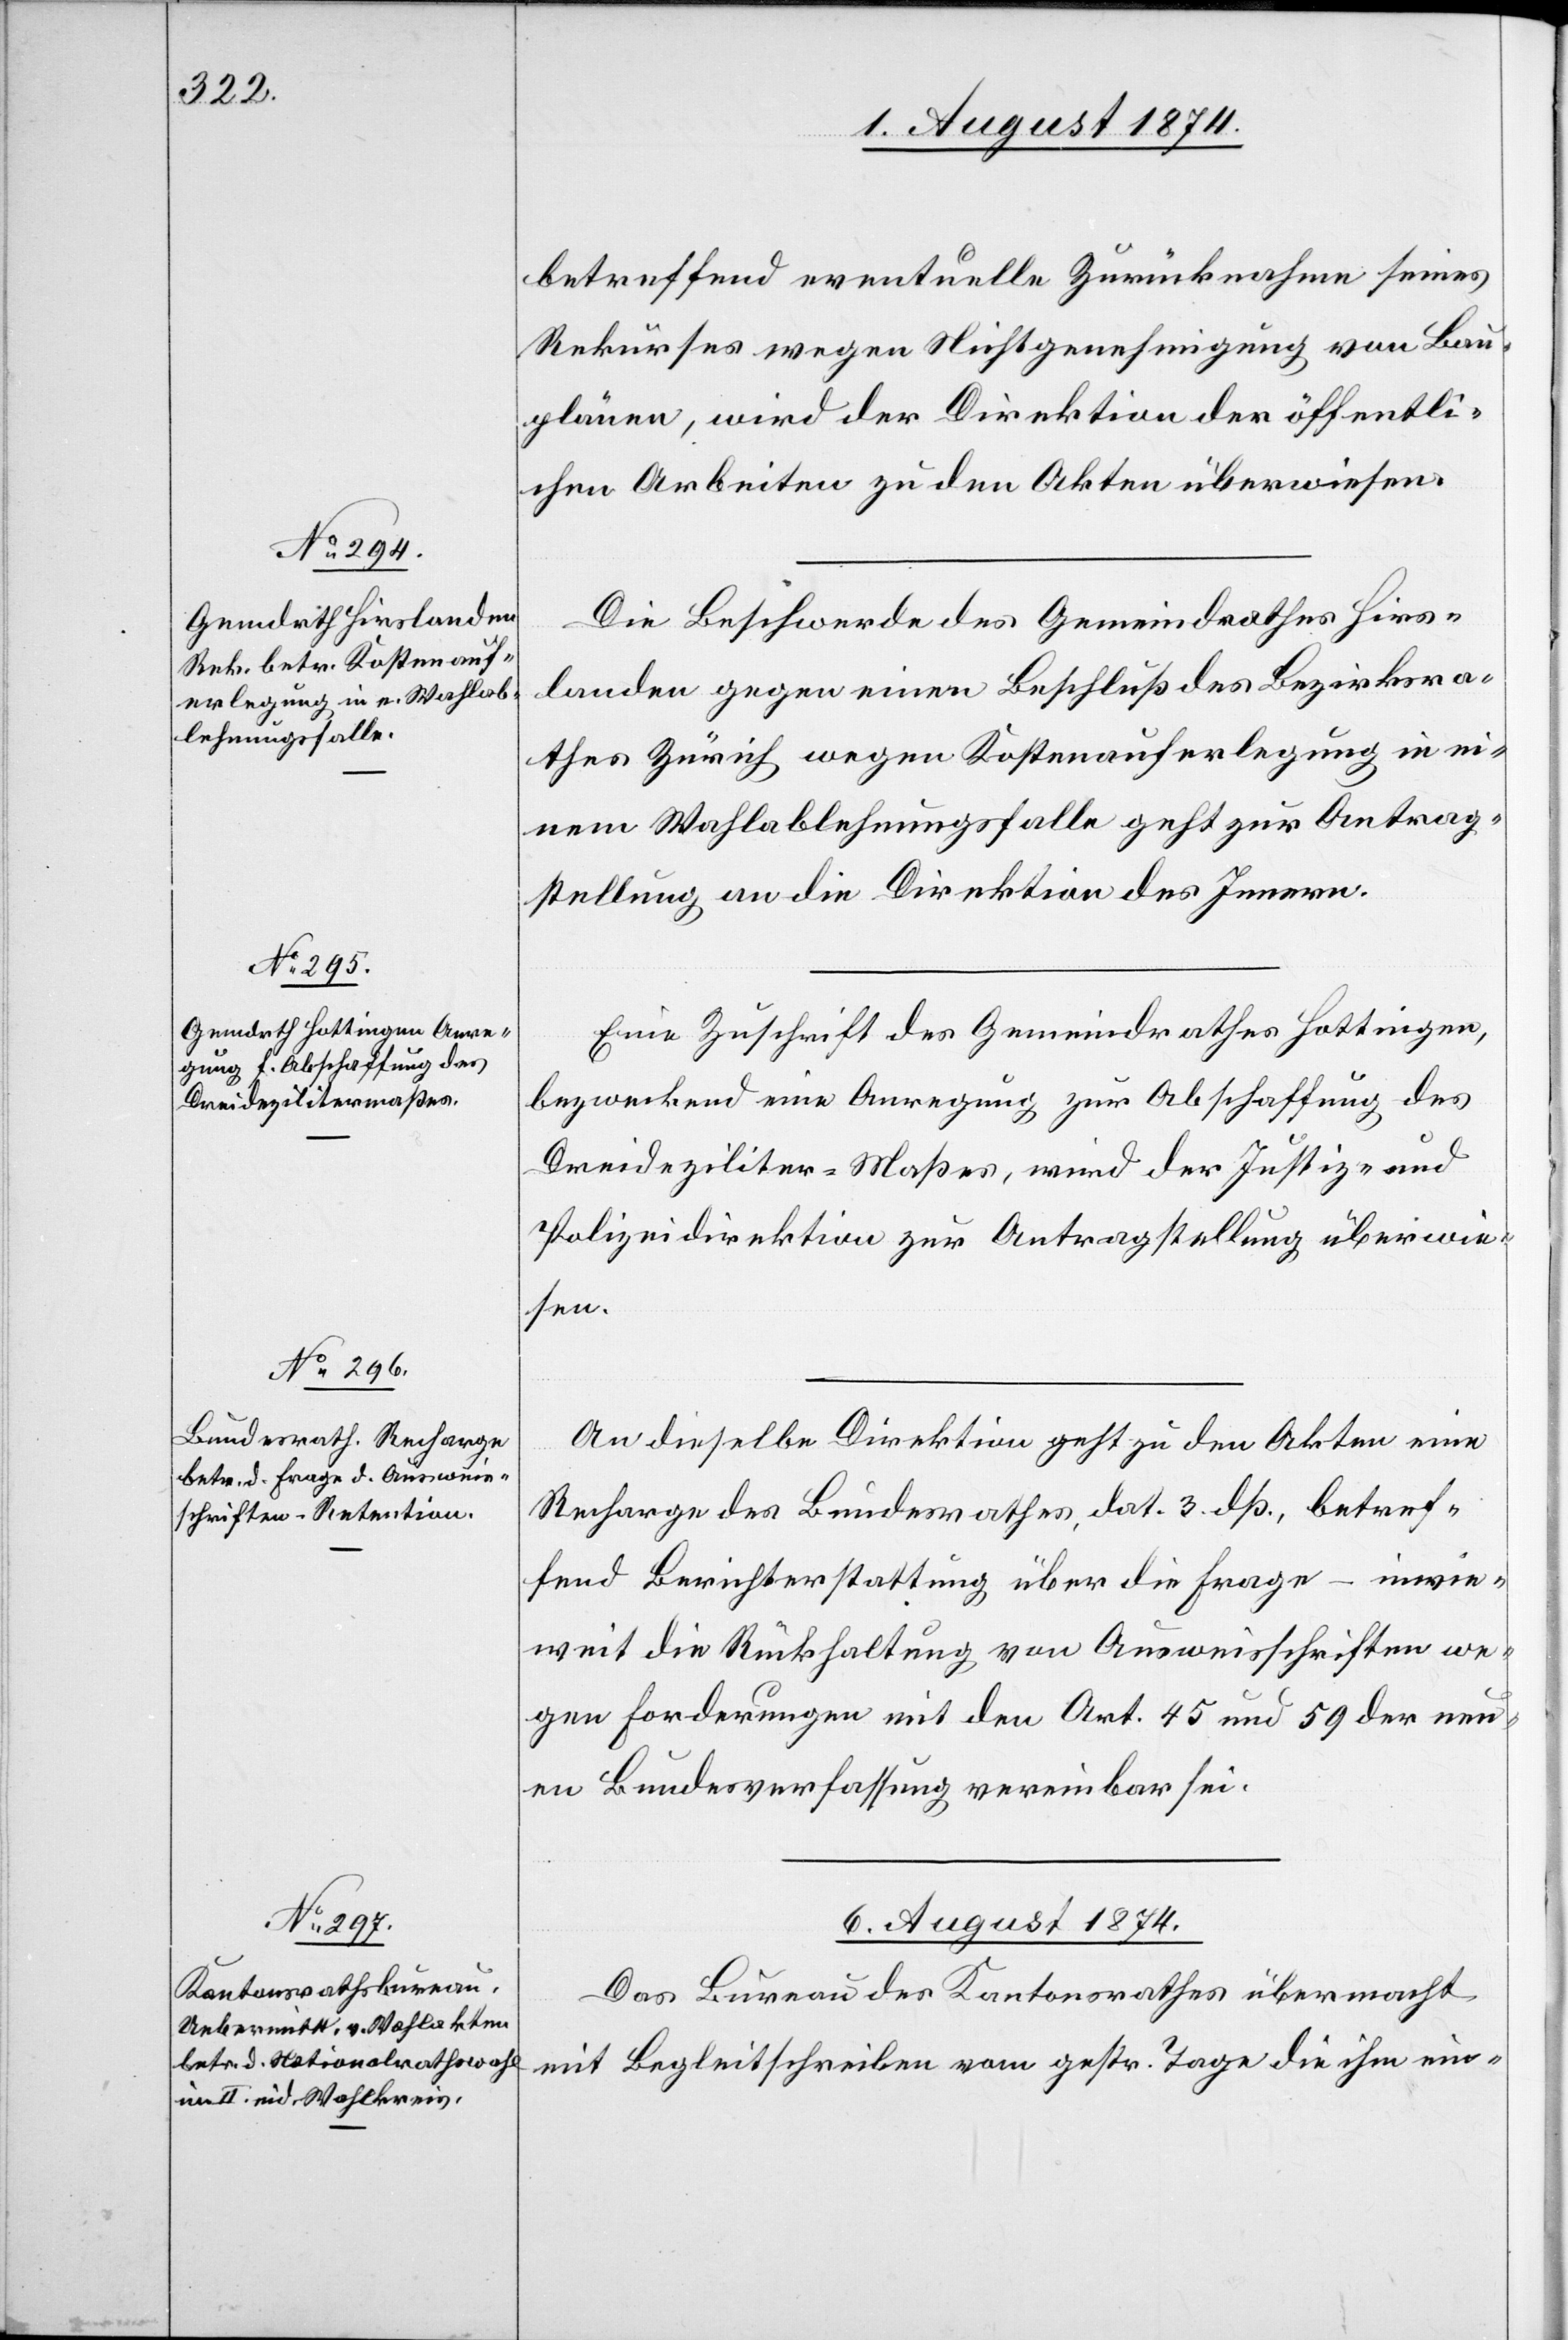
5. August 1874.]
betreffend eventuelle Zurücknahme seines
Rekurses wegen Nichtgenehmigung von Bau¬
plänen, wird der Direktion der öffentli¬
chen Arbeiten zu den Akten überwiesen.
Die Beschwerde des Gemeindrathes Hirs¬
landen gegen einen Beschluß des Bezirksra¬
thes Zürich wegen Kostenauferlegung in ei¬
nem Wahlablehnungsfalle geht zur Antrag¬
stellung an die die Direktion des Innern.
Eine Zuschrift des Gemeindrathes Hottingen,
bezweckend eine Anregung zur Abschaffung des
Dreideziliter-Maßes, wird der Justiz- und
Polizeidirektion zur Antragstellung überwie¬
sen.
An dieselbe Direktion geht zu den Akten eine
Recharge des Bundesrathes, dat. 3. dß., betref¬
fend Berichterstattung über die Frage – inwie¬
weit die Rückhaltung von Ausweisschriften we¬
gen Forderungen mit den Art. 45 und 59 der neu¬
en Bundesverfassung vereinbar sei.
6. August 1874.
Das Bureau des Kantonsrathes übermacht
mit Begleitschreiben vom gestr. Tage die ihm ein-